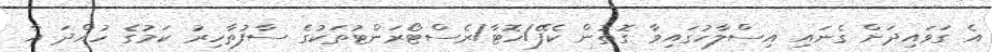
އެ ގަވައިދަށް ގެނައި އިސްލާހުގައިވާ ގޮތުން ކެފޭ/ހޮޓާ/ރެސްޓޯރަންޓުތަކުގެ ސާފުތާހިރު ކަމުގެ ހުއްދަ އާ